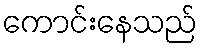
ကောင်းနေသည်